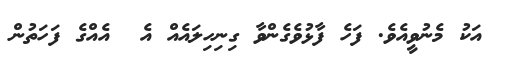
އަކު މެނުވީއެވެ. ފަހެ ފާޅުވެގެންވާ ގިނިހިލައެއް އެ  އެއްގެ ފަހަތުން